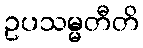
ဥပသမ္မတီတိ